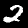
Digit: 2